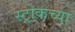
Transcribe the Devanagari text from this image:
स्ट्रोकच्या